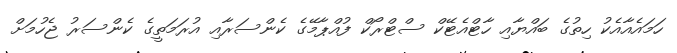
ހަމައެއާއެކު ހިތުގެ ބައްޔާއި ހާޓްއެޓޭކް ސްޓްރޯކް ފުއްޕާމޭގެ ކެންސަރާއި އުރަމަތީގެ ކެންސަރު ޖެހުމަށް